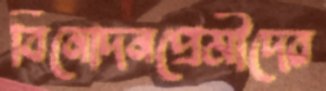
বিনোদনপ্রেমীদের